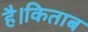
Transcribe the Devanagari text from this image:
है।किताब